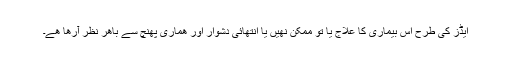
ایڈز کی طرح اس بیماری کا علاج یا تو ممکن نھیں یا انتھائی دشوار اور ھماری پھنچ سے باھر نظر آرھا ھے۔